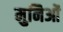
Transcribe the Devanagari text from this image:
मुनिओं